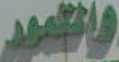
والتمور